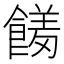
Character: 𮩊